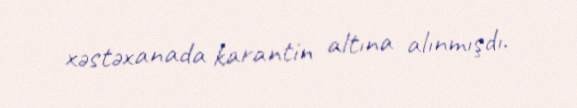
xəstəxanada karantin altına alınmışdı.